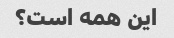
این همه است؟